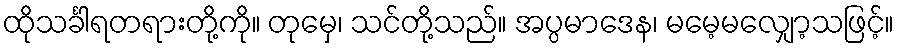
ထိုသင်္ခါရတရားတို့ကို။ တုမှေ၊ သင်တို့သည်။ အပ္ပမာဒေန၊ မမေ့မလျှော့သဖြင့်။